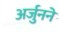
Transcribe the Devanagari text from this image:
अर्जुनने